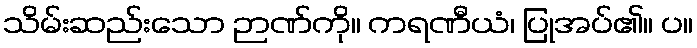
သိမ်းဆည်းသော ဉာဏ်ကို။ ကရဏီယံ၊ ပြုအပ်၏။ ပ။